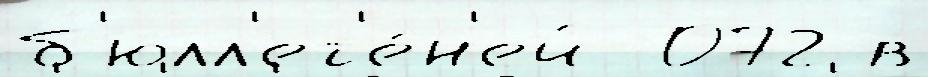
б'юлл'ет'е́н'ей  072 в